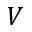
V